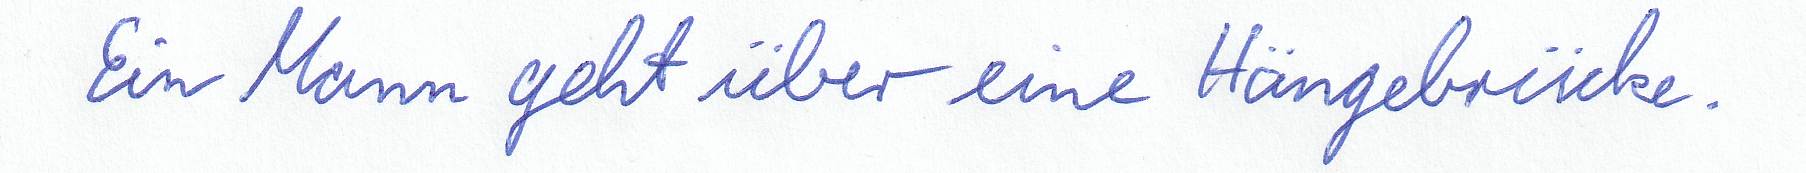
Ein Mann geht über eine Hängebrücke.